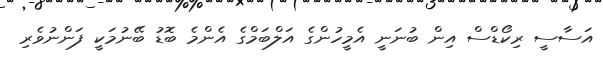
އަސާސީ ރިކޯޑްސް އިން ބުނަނީ އެމީހުންގެ އަލްބަމްގެ އެންމެ ބޮޑު ބޭނުމަކީ ފަންނުވެރި